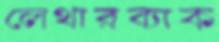
লেথারব্যাক